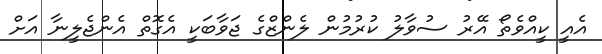
އެއީ ކީއްވެތޯ އޭރު ސުވާލު ކުރުމުން ލެންޒްގެ ޖަވާބަކީ އެގޮތް އެންޖެލީނާ އަށް